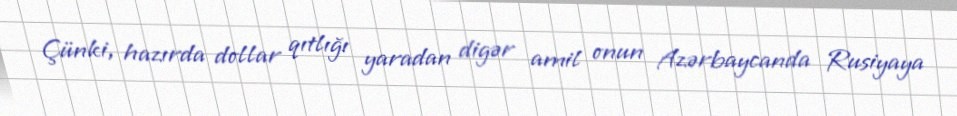
Çünki, hazırda dollar qıtlığı yaradan digər amil onun Azərbaycanda Rusiyaya